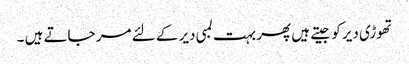
تھوڑی دیر کو جیتے ہیں پھر بہت لمبی دیر کے لئے مر جاتے ہیں ۔